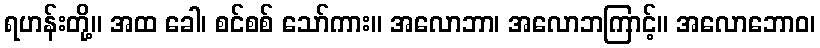
ရဟန်းတို့။ အထ ခေါ၊ စင်စစ် သော်ကား။ အလောဘာ၊ အလောဘကြာင့်။ အလောဘောဝ၊